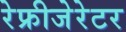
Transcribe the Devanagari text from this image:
रेफ्रीजेरेटर